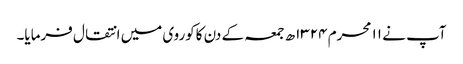
آپ نے ۱۱ محرم ۱۳۲۴ھ جمعہ کے دن کاکوروی میں انتقال فرمایا۔